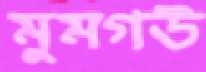
মুমগউ